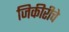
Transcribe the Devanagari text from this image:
जिकीरीचे